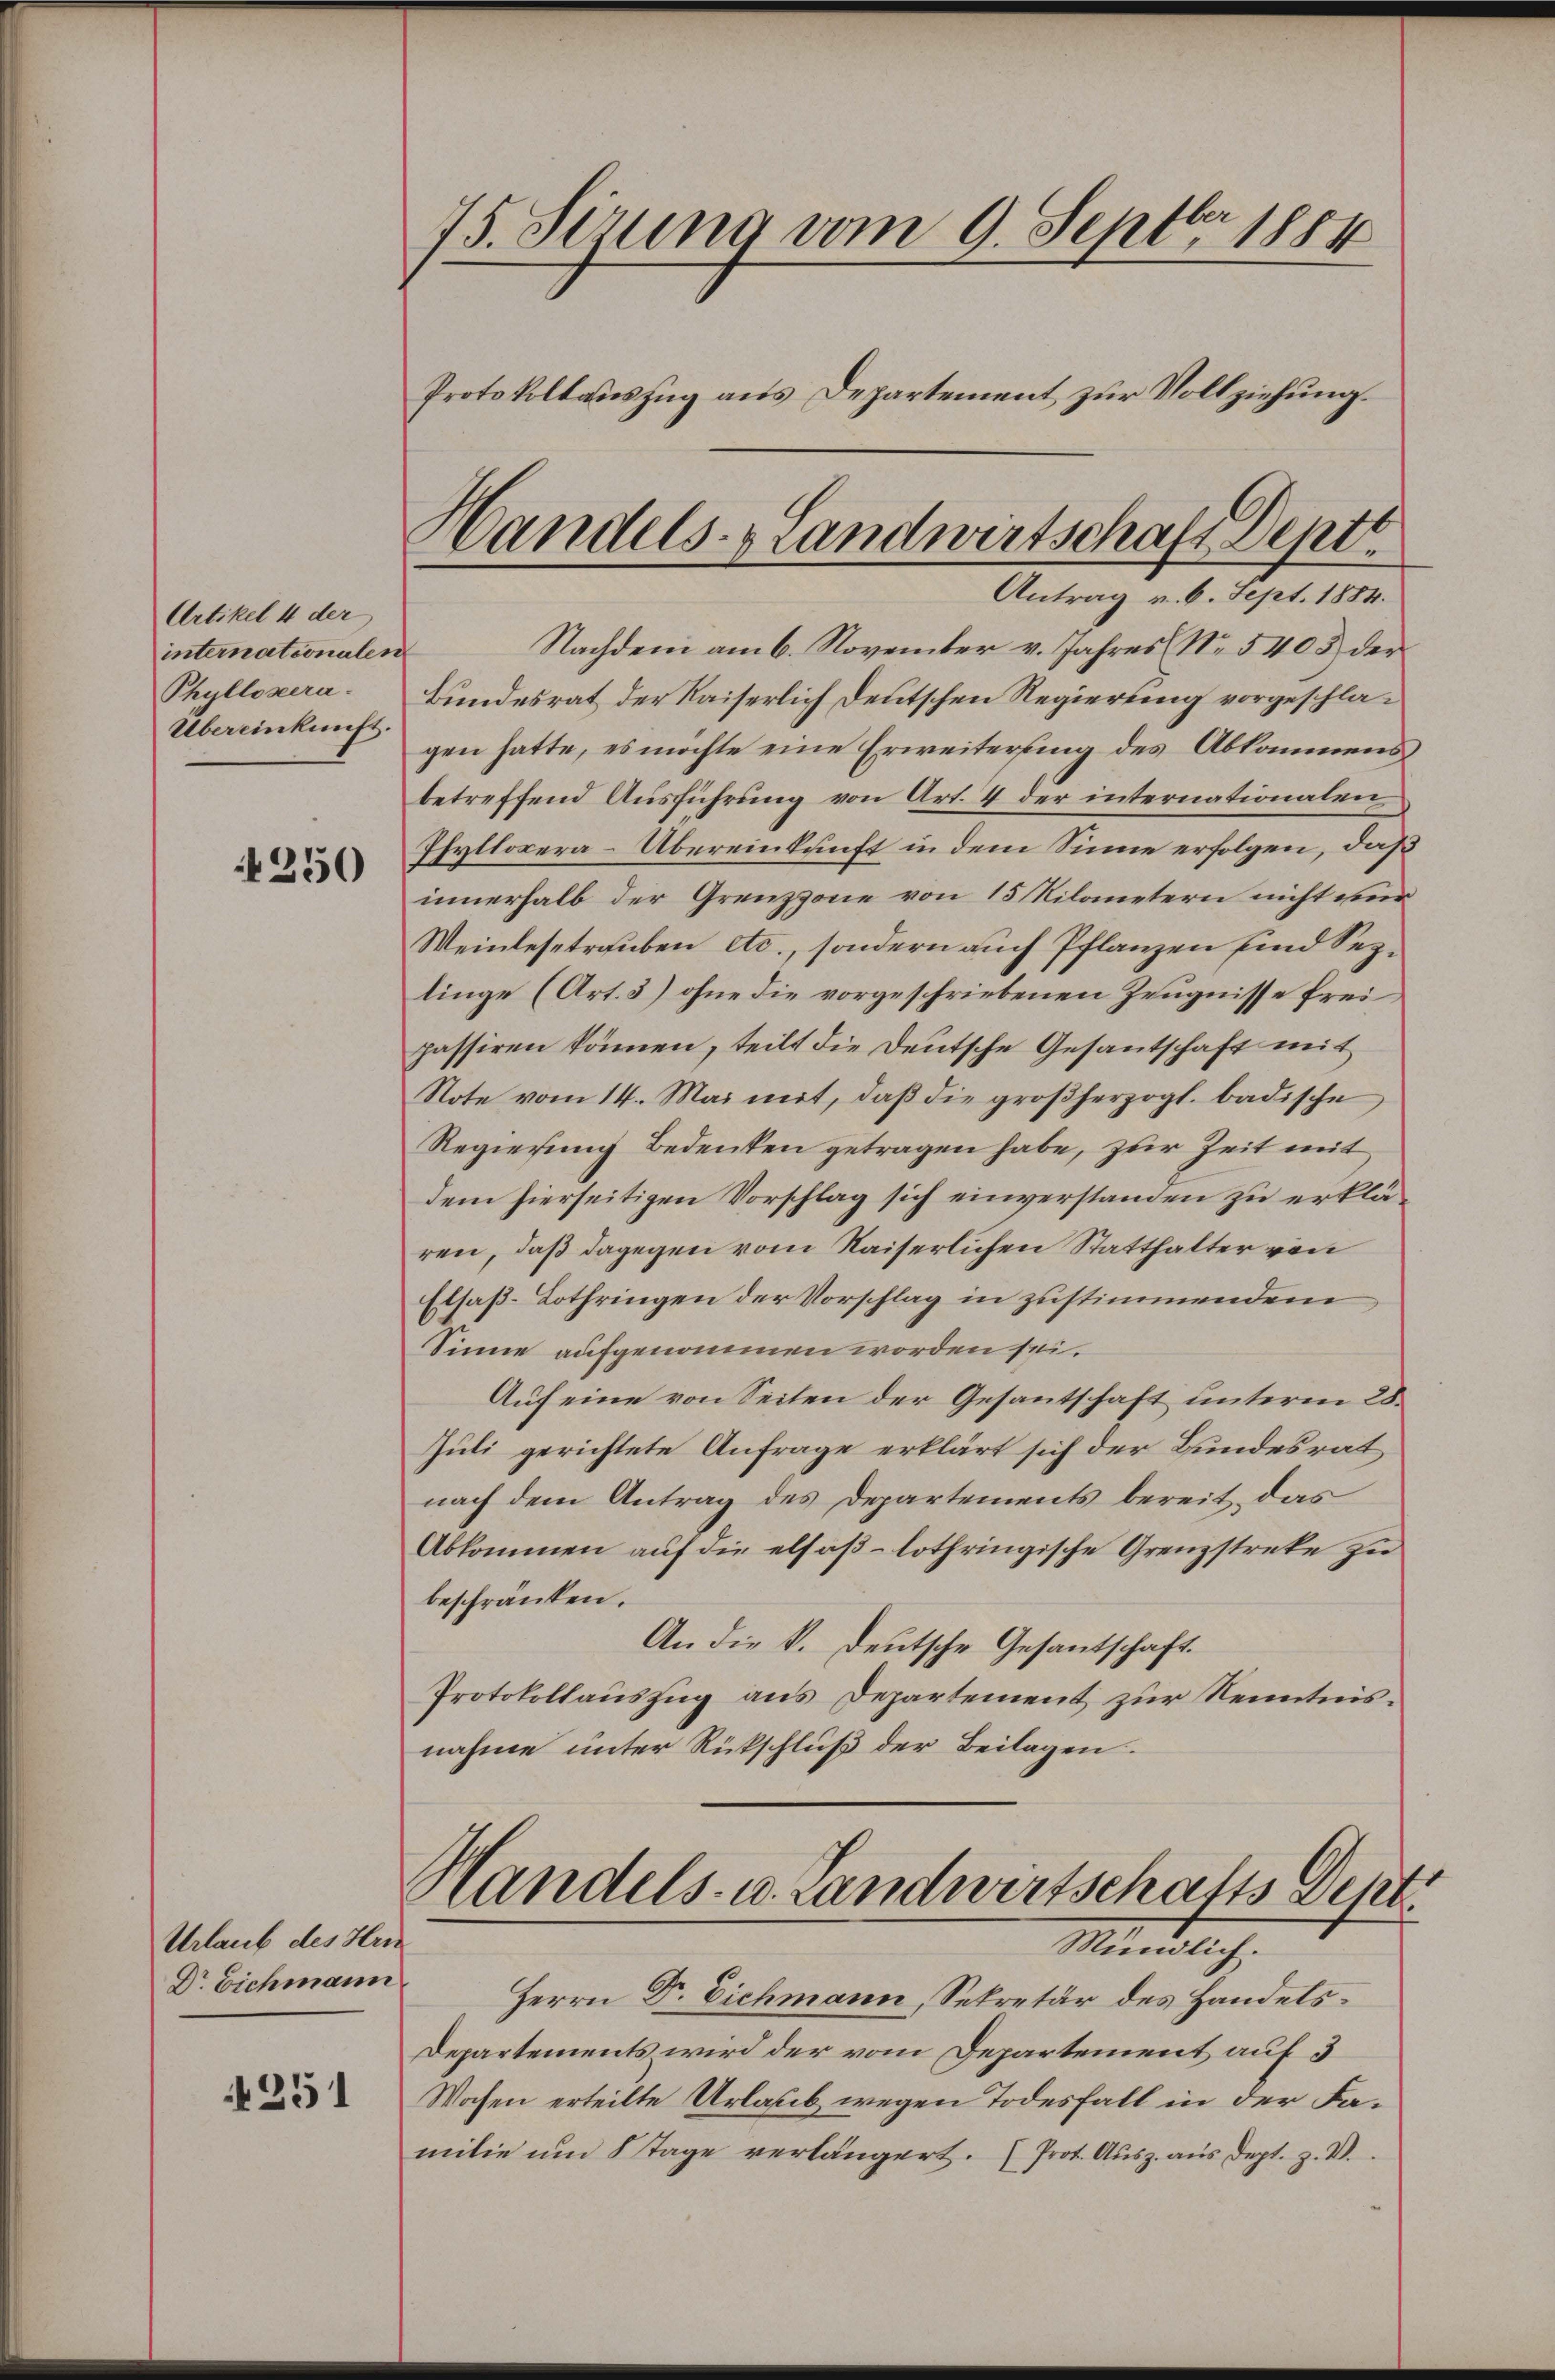
Artikel 4 der
internationalen
Phyllozera.
Übereinkunft.

4250

Urlaub des Hrn
Dr Eichmann

251

75. Ferung vom 9. Septbr 1884
Protokollauszug aus Departement zur Vollziehung.

Handels- & Landwirtschaft Deptt.
Antrag v. 6. Sept. 1884.

Nachdem am 6. November v. Jahres (Nr. 5403 der
¬
Bundesrat der Kaiserlich deutschen Regierung vorgeschlagen hatte, es möchte eine Erweiterung des Abkommensbetreffend Ausführung von Art. 4 der internationalen
Phyllosera-Übereinkunft in dem Sinne erfolgen, daß
innerhalb der Grenzzone von 15 Kilanetern nicht unr
Weinlese trauben etc., sondern auch Pflanzen sind Seplinge (Art. 3) ohne die vorgeschriebenen Zeugnisse frei
passiren können, teilt die Deutsche Gesantschaft mit
Note vom 14. Mai mit, daß die großherzogl. badische
Regierung Bedenken getragen habe, zur Zeit mit
dem hierseitigen Vorschlag sich einverstanden zu erklären, daß dagegen vom Kaiserlichen Statthalter von
Etsaß-Lothringen der Vorschlag in zustimmendem
Sinne aufgenommen worden sei.
Auf eine von Seiten der Gesantschaft unterm 28.
Juli gerichtete Anfrage erklärt sich der Bundesrat
nach dem Antrag des Departements bereit, das
Abkommen auf die elsaß-lothringische Grenzstreke zu
beschränken.
An die k. deutsche Gesantschaft.
Protokollauszug aus Departement zur Kenntnis.
nahme unter Rückschluß der Beilagen.
Handels- u. Landwirtschafts Depe
Mündlich.
Herrn Dr. Eichmann, Sekretär des Handels¬
Departements wird der vom Departement auf 3
Wochen erteilte Urlaub wegen Todesfall in der Familie um 8 Tage verlängert. (Prot. Ausz. aus dept. z. B.